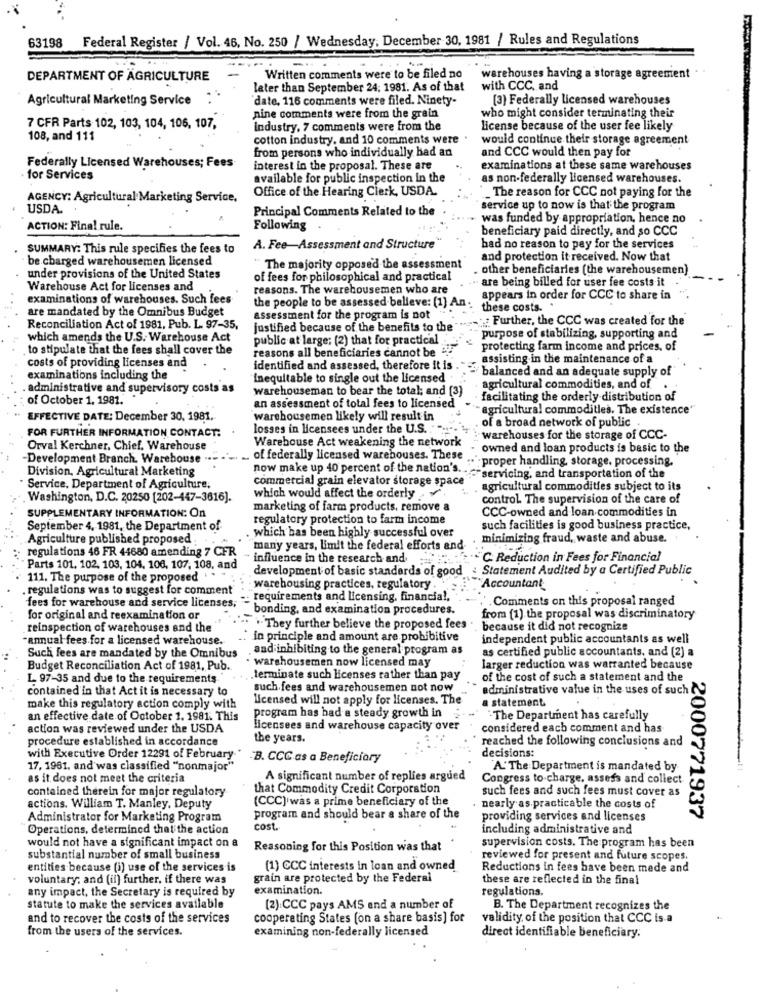
Federal Register / Vol. 46, No. 250 / Wednesday, December 30, 1981 / Rules and Regulations
63198
DEPARTMENT OF AGRICULTURE
Written comments were to be filed no
warehouses having a storage agreement .
later than September 24; 1981. As of that
with CCC, and
Agricultural Marketing Service
'date, 116 comments were filed. Ninety-
(3) Federally licensed warehouses
nine comments were from the grain
who might consider terminating their
7 CFR Parts 102, 103, 104, 106, 107,
industry, 7 comments were from the
license because of the user fee likely
108, and 111
cotton industry, and 10 comments were
would continue their storage agreement
from persons who individually had an
and CCC would then pay for
Federally Licensed Warehouses; Fees
interest in the proposal. These are
examinations at these same warehouses
for Services
available for public inspection in the
as non-federally licensed warehouses.
Office of the Hearing Clerk, USDA.
_ The reason for CCC not paying for the
AGENCY: Agricultural Marketing Service,
USDA.
Principal Comments Related to the
service up to now is that the program
was funded by appropriation, hence no
ACTION: Final rule.
Following
beneficiary paid directly, and so CCC
SUMMARY: This rule specifies the fees to
A. Fee-Assessment and Structure
had no reason to pay for the services
be charged warehousemen licensed
and protection it received. Now that
"The majority opposed the assessment
. other beneficiaries (the warehousemen)
under provisions of the United States
of fees for philosophical and practical
are being billed for user fee costs it
Warehouse Act for licenses and
reasons. The warehousemen who are
examinations of warehouses. Such fees
the people to be assessed believe: [1] An
appears in order for CCC to share in
are mandated by the Omnibus Budget
these costs.
assessment for the program is not
:: Further, the CCC was created for the
Reconciliation Act of 1981, Pub. L. 97-35,
justified because of the benefits to the
which amends the U.S. Warehouse Act
public at large; (2) that for practical
purpose of stabilizing, supporting and
. to stipulate that the fees shall cover the
reasons all beneficiaries cannot be "?
protecting farm income and prices, of
assisting in the maintenance of a
costs of providing licenses and
identified and assessed, therefore it is .
balanced and an adequate supply of
examinations including the
inequitable to single out the licensed
administrative and supervisory costs as
warehouseman to bear the total; and [3)
agricultural commodities, and of .
of October 1, 1981.
facilitating the orderly distribution of
an assessment of total fees to licensed
agricultural commodities. The existence'
EFFECTIVE DATE: December 30, 1981.
warehousemen likely will result in
losses in licensees under the U.S.
of a broad network of public.
FOR FURTHER INFORMATION CONTACT:
Warehouse Act weakening the network
warehouses for the storage of CCC-
Orval Kerchner, Chief. Warehouse
owned and loan products is basic to the
Development Branch. Warehouse .
of federally licensed warehouses. These
."proper handling, storage, processing.
Division, Agricultural Marketing
now make up 40 percent of the nation's.
commercial grain elevator storage space
servicing, and transportation of the
Service, Department of Agriculture,
agricultural commodities subject to its
. Washington, D.C. 20250 [202-447-3616].
which would affect the orderly
control The supervision of the care of
marketing of farm products, remove a
CCC-owned and loan commodities in
SUPPLEMENTARY INFORMATION: On
regulatory protection to farm income
September 4, 1981, the Department of
. which has been highly successful over
such facilities is good business practice,
Agriculture published proposed
minimizing fraud, waste and abuse.
regulations 46 FR 44680 amending 7 CFR
many years, limit the federal efforts and-
influence in the research and
C. Reduction in Fees for Financial
Parts 101, 102, 103, 104. 106, 107, 108, and
development of basic standards of good
Statement Audited by a Certified Public
111. The purpose of the proposed . . .
regulations was to suggest for comment
warehousing practices, regulatory .
Accountant
requirements and licensing, financial.
Comments on this proposal ranged
fees for warehouse and service licenses;
bonding, and examination procedures.
for original and reexamination or
from (1) the proposal was discriminatory
reinspection of warehouses and the
. They further believe the proposed fees
because it did not recognize
-annual fees for a licensed warehouse.
: in principle and amount are prohibitive
independent public accountants as well
and inhibiting to the general program as
as certified public accountants, and [2] a
Such fees are mandated by the Omnibus
warehousemen now licensed may
Budget Reconciliation Act of 1981, Pub.
larger reduction was warranted because
L. 97-35 and due to the requirements"
terminate such licenses rather than pay
of the cost of such a statement and the
contained in that Act it is necessary to
such.fees and warehousemen not now
administrative value in the uses of such
licensed will not apply for licenses. The
a statement.
make this regulatory action comply with
an effective date of October 1. 1981. This
program has had a steady growth in
-The Department has carefully
action was reviewed under the USDA
licensees and warehouse capacity over
considered each comment and has
procedure established in accordance
the years.
reached the following conclusions and
decisions:
with Executive Order 12291 of February * B. CCC as a Beneficiary
17, 1981. and was classified "nonmajor"
"A.'The Department is mandated by
as it does not meet the criteria
A significant number of replies argued
Congress to-charge, assess and collect
contained therein for major regulatory
that Commodity Credit Corporation
such fees and such fees must cover as
(CCC) was a prime beneficiary of the
actions. William T. Manley, Deputy
nearly as practicable the costs of
Administrator for Marketing Program
program and should bear & share of the
providing services and licenses
2000771937
Operations, determined that the action
cost.
including administrative and
would not have a significant impact on a
Reasoning for this Position was that
supervision costs. The program has been
substantial number of small business
reviewed for present and future scopes.
entities because (i) use of the services is
(1) CCC interests in loan and owned
Reductions in fees have been made and
voluntary; and (il) further, if there was
grain are protected by the Federal
these are reflected in the final
any impact, the Secretary is required by
examination.
regulations.
statute to make the services available
(2).CCC pays AMS and a number of
B. The Department recognizes the
and to recover the costs of the services
cooperating States (on a share basis] for
validity of the position that CCC is a
from the users of the services.
examining non-federally licensed
direct identifiable beneficiary.